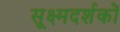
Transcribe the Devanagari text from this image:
सूक्ष्मदर्शकों